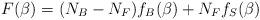
LaTeX: \begin{align*}F(\beta)=(N_{B}-N_{F})f_{B}(\beta)+N_{F}f_{S}(\beta)\end{align*}